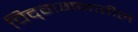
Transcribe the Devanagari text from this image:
चिद्‌गगनातील